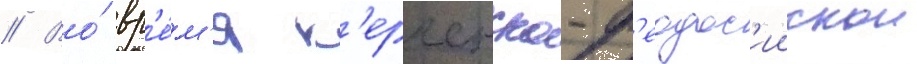
// Во́ вр'е́м'я к'ерченско-ф'еодос'иискои